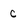
Character: c